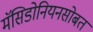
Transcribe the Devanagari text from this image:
मॅसिडोनियनसोबत